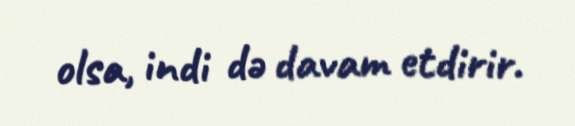
olsa, indi də davam etdirir.